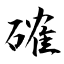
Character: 確